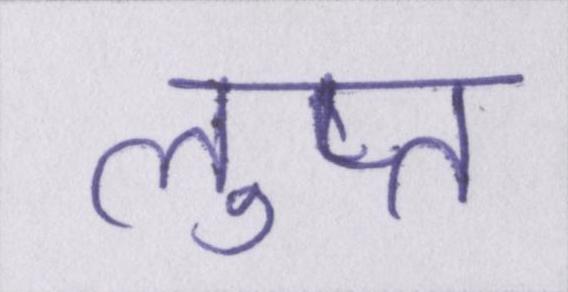
लुप्त